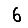
Digit: 6